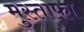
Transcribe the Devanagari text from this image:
मुस्ताफा